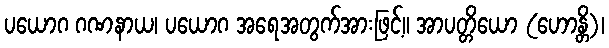
ပယောဂ ဂဏနာယ၊ ပယောဂ အရေအတွက်အားဖြင့်။ အာပတ္တိယော (ဟောန္တိ)၊